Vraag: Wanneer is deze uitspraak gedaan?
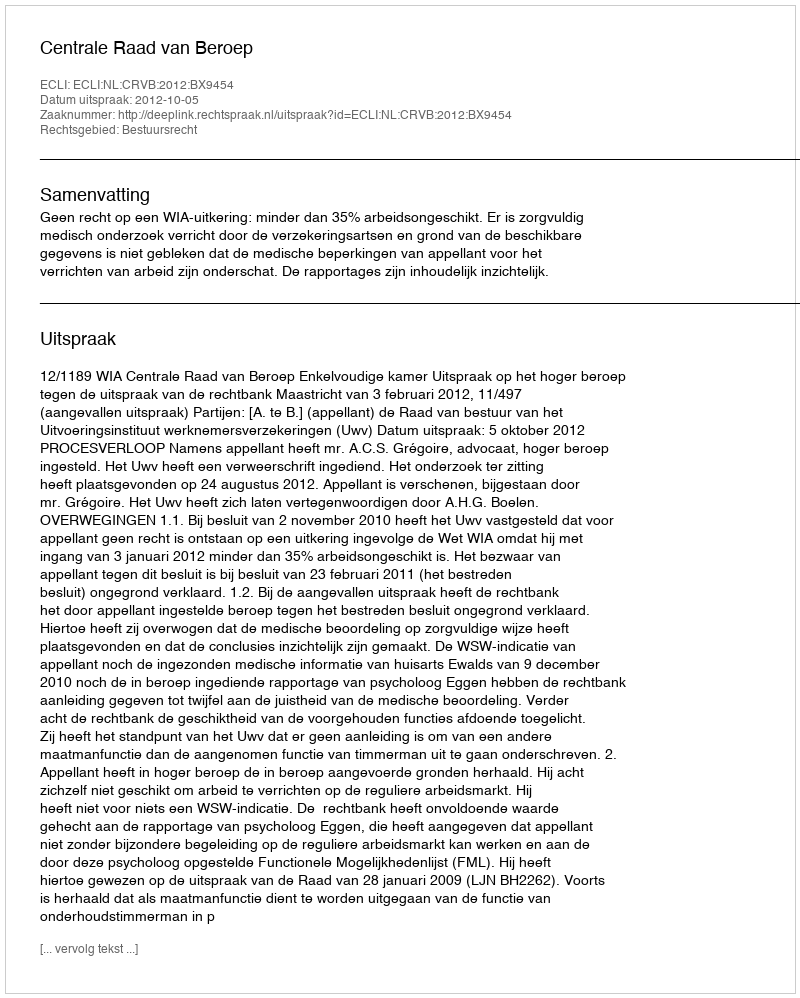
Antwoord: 2012-10-05